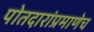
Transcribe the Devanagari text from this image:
पोतदारांप्रमाणेच